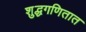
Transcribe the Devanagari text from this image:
शुद्धगणितात